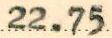
22.75